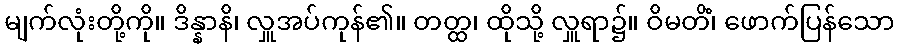
မျက်လုံးတို့ကို။ ဒိန္နာနိ၊ လှူအပ်ကုန်၏။ တတ္ထ၊ ထိုသို့ လှူရာ၌။ ဝိမတိံ၊ ဖောက်ပြန်သော